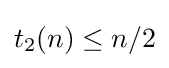
t_{2}(n)\leq n/2